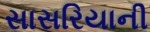
સાસરિયાની